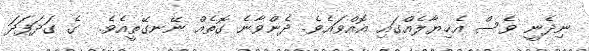
ނިދެނީ ވެސް އެޚިޔާލެއްގައި އޮއްވައެވެ. ދެންވާނެ ގޮތެއް ނޭނގޭތީއެވެ.  ގެ ގަދަފަދަ